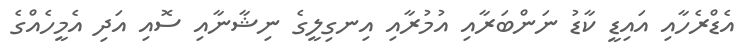
އެޑްރެހާއި އައިޑީ ކާޑު ނަންބަރާއި އުމުރާއި އިނގިލީގެ ނިޝާނާއި ސޮއި އަދި އެމީހެއްގެ